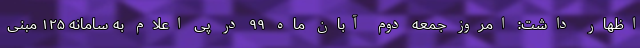
اظهار داشت: امروز جمعه دوم آبان ماه ۹۹ در پی اعلام به سامانه ۱۲۵ مبنی